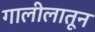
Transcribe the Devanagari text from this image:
गालीलातून